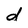
Character: d